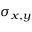
\sigma _ { x , y }